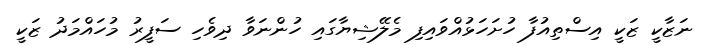
ނަޒާކީ ޒަކީ އިސްތިއުފާ ހުށަހަޅުއްވައިފި މެލޭޝިޔާގައި ހުންނަވާ ދިވެހި ސަފީރު މުހައްމަދު ޒަކީ